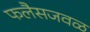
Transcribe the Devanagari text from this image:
फलैसजवळ